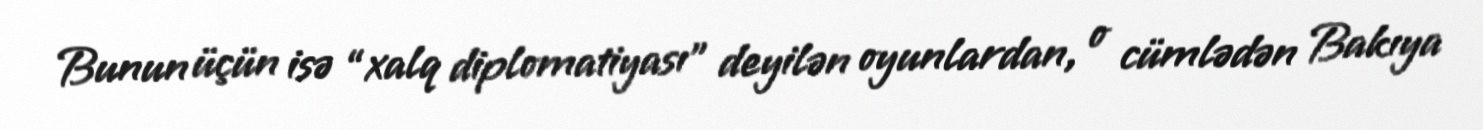
Bunun üçün isə “xalq diplomatiyası” deyilən oyunlardan, o cümlədən Bakıya